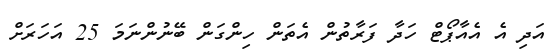
އަދި އެ އެއާޕޯޓް ހަދާ ފަރާތުން އެތަން ހިންގަން ބޭނުންނަމަ 25 އަހަރަށް